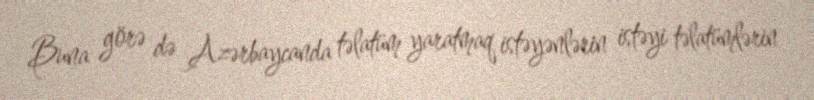
Buna görə də Azərbaycanda təlatüm yaratmaq istəyənlərin istəyi təlatümlərin